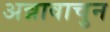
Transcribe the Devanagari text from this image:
अन्नावाचुन